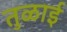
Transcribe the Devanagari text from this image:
तुळाई